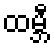
ထမ္ဘီ